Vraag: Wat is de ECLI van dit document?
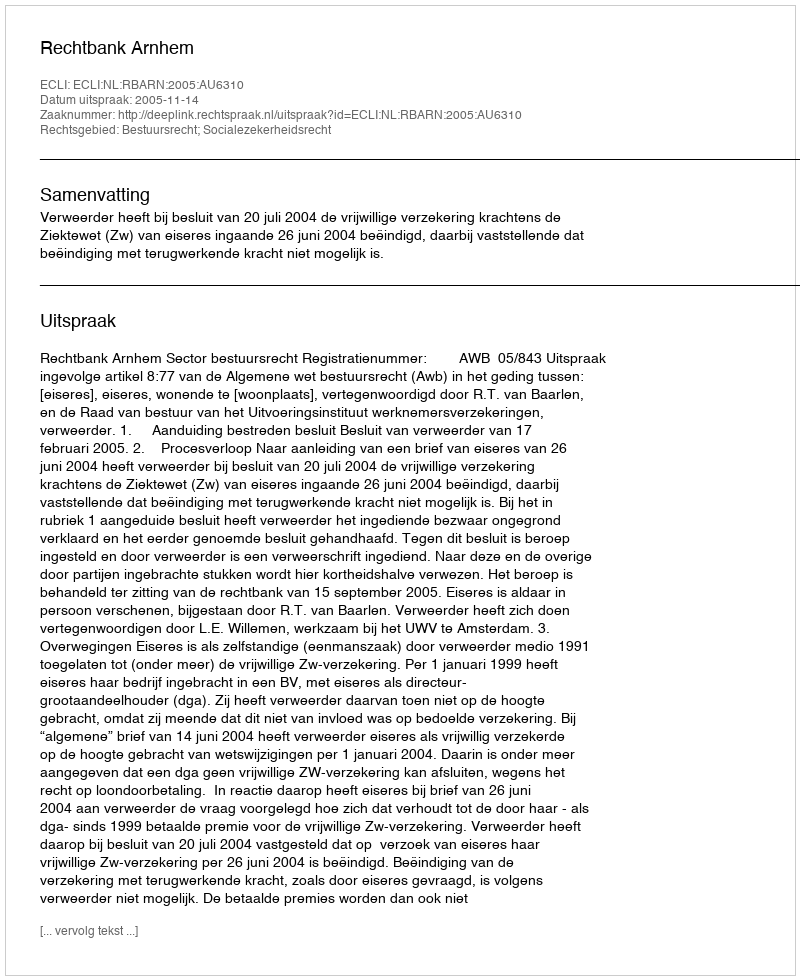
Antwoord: ECLI:NL:RBARN:2005:AU6310